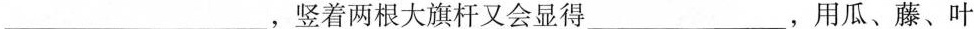
___竖着两根大旗杆又会显得___，用瓜、藤、叶